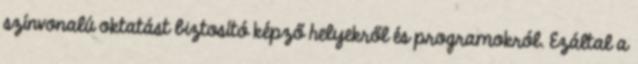
színvonalú oktatást biztosító képző helyekről és programokról. Ezáltal a